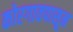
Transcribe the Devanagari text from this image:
कोरगावपासून